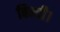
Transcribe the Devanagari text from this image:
बिन्दी।